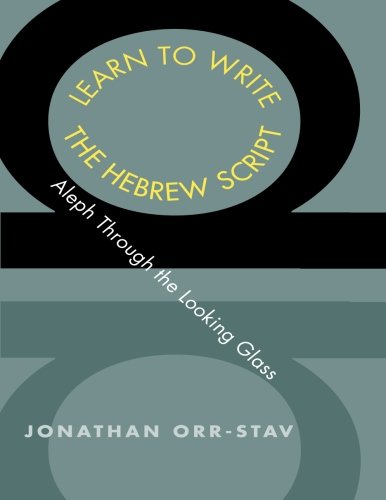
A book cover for Learn to Write the Hebrew Script: Aleph Through the Looking Glass (Yale Language Series); Jonathan Orr-Stav; Reference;